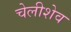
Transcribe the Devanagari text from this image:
चेलीशेव